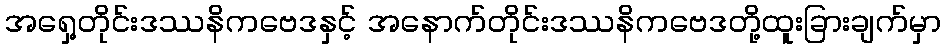
အရှေ့တိုင်းဒဿနိကဗေဒနှင့် အနောက်တိုင်းဒဿနိကဗေဒတို့ထူးခြားချက်မှာ